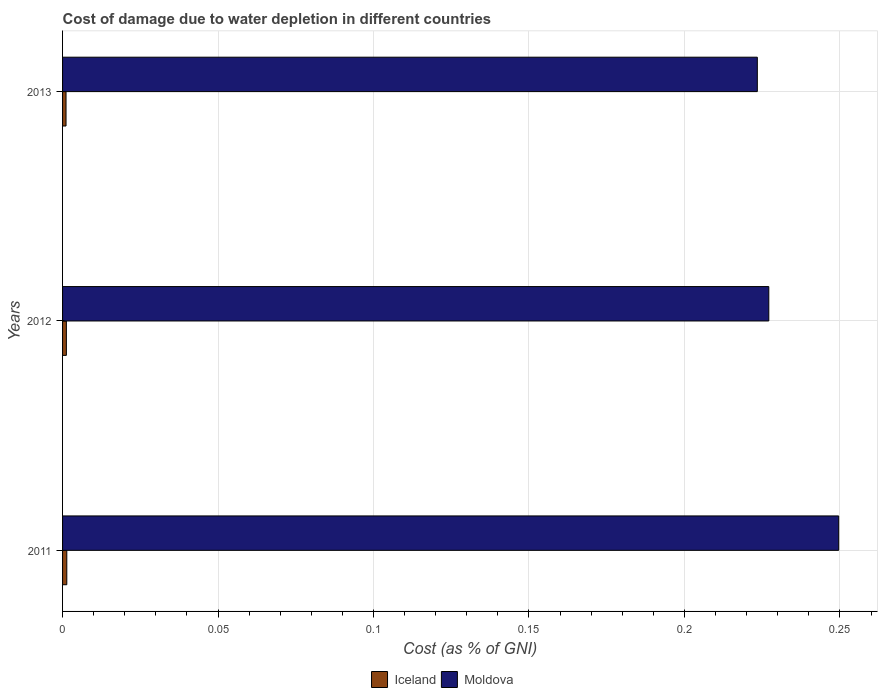
| Years | Iceland | Moldova |
 | --- | --- | --- |
 | 2011 | 0.00136 | 0.25 |
 | 2012 | 0.00122 | 0.227 |
 | 2013 | 0.00112 | 0.223 |